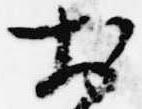
於